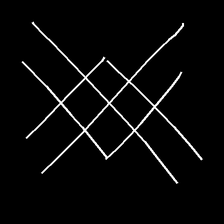
Glyph: crystal